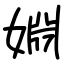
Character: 婣